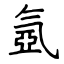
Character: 氬